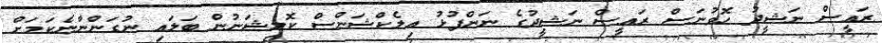
ރައީސް ނަޝީދު ހޮވުނަސް ރައީސް ނަޝީދުގެ ނަންފުޅު އިލެކްޝަންސް ކޮމިޝަނުން ބަލައި ނުގަންނާނެކަމަށް